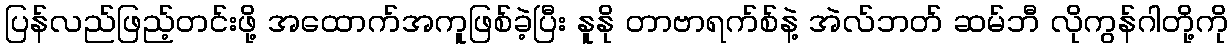
ပြန်လည်ဖြည့်တင်းဖို့ အထောက်အကူဖြစ်ခဲ့ပြီး နူနို တာဗာရက်စ်နဲ့ အဲလ်ဘတ် ဆမ်ဘီ လိုကွန်ဂါတို့ကို